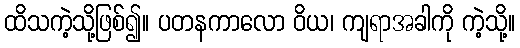
ထိသကဲ့သို့ဖြစ်၍။ ပတနကာလော ဝိယ၊ ကျရာအခါကို ကဲ့သို့။